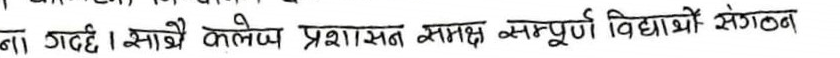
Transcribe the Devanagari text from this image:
ना गर्दै। साथै कलेज प्रशासन समक्ष सम्पूर्ण विद्यार्थी संगठन